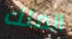
الملك